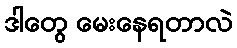
ဒါတွေ မေးနေရတာလဲ